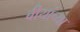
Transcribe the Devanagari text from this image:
बीयांच्या